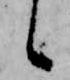
候